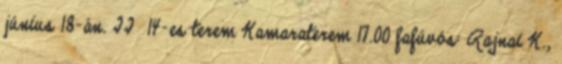
június 18-án. II 14-es terem Kamaraterem 17.00 fafúvós: Rajnai K.,